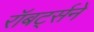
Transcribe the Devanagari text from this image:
रॉबर्ट्सने